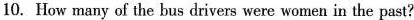
10. How many of the bus drivers were women in the past?